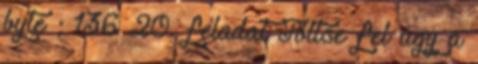
byte ; 136 20. feladat Töltse fel úgy a